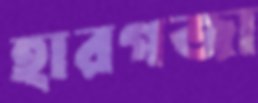
হারগজা